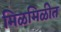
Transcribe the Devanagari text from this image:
मिळमिळीत